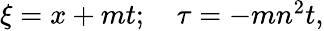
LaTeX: \begin{array}{r}{\xi=x+mt;\quad\tau=-mn^{2}t,}\end{array}